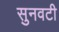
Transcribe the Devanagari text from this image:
सुनवटी